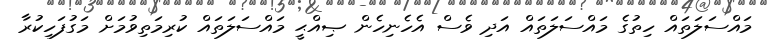
މައްސަލަތައް ހިތުގެ މައްސަލަތައް އަދި ވެސް އެހެނިހެން ޞިއްޙީ މައްސަލަތައް ކުރިމަތިވުމަށް މަގުފަހިކުރާ